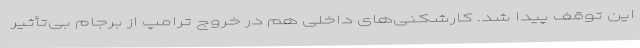
این توقف پیدا شد. کارشکنی‌های داخلی هم در خروج ترامپ از برجام بی‌تأثیر